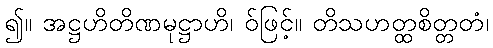
၍။ အဋ္ဌဟိတိဏမုဋ္ဌာဟိ၊ ဝ်ဖြင့်။ တိသဟတ္ထစိတ္တတံ၊